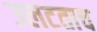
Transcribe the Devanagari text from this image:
उलटताच